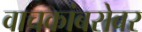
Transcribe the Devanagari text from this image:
वाचकांबरोबर